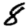
Digit: 8